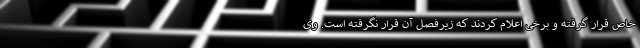
خاص قرار گرفته و برخی اعلام کردند که زیرفصل آن قرار نگرفته است. وی